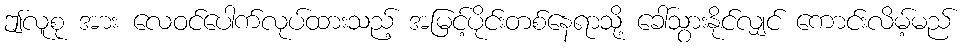
ဤလူစု အား လေဝင်ပေါက်လုပ်ထားသည့် အမြင့်ပိုင်းတစ်နေရာသို့ ခေါ်သွားနိုင်လျှင် ကောင်းလိမ့်မည်